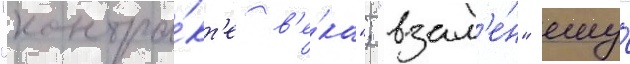
"контра́кт'е в'е́ка"; "взам'е́н" ему́